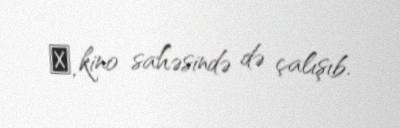
О, kino sahəsində də çalışıb.